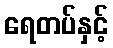
ရေတပ်နှင့်